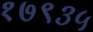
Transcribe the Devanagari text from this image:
१७९३५